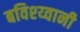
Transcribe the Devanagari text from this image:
बविश्य्वानी